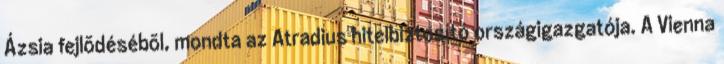
Ázsia fejlõdésébõl, mondta az Atradius hitelbiztosító országigazgatója. A Vienna